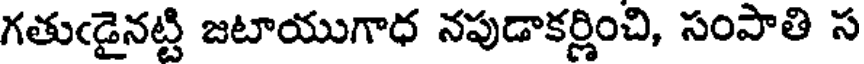
గతుఁడైనట్టి జటాయుగాధ నపుడాకర్ణించి, సంపాతి స